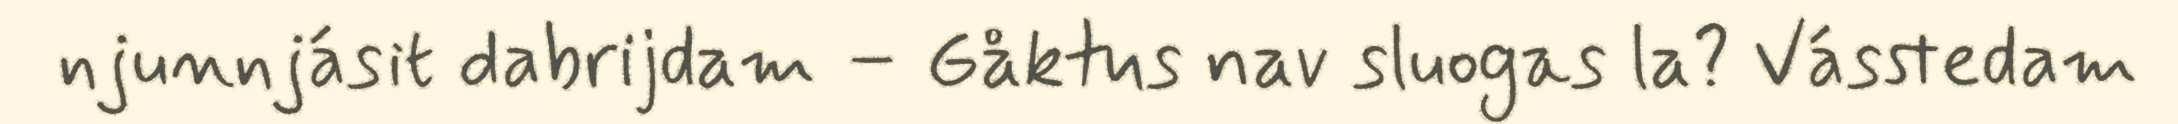
njunnjásit dabrijdam – Gåktus nav sluogas la? Vásstedam